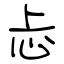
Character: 忐